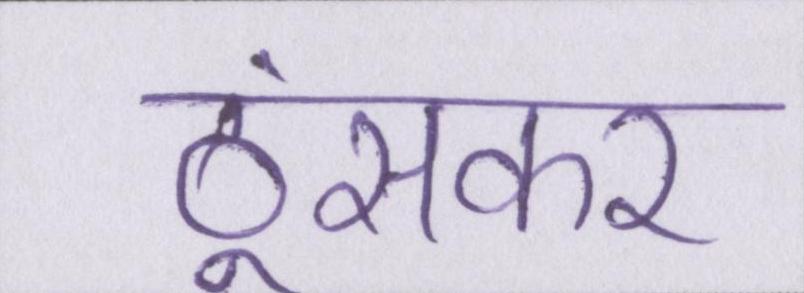
ठूंसकर